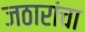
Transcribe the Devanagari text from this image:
जठारांचा